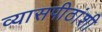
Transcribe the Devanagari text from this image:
व्यासपीठांशी